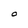
Character: O